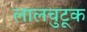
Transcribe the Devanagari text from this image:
लालचुटूक